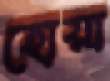
হোয়া